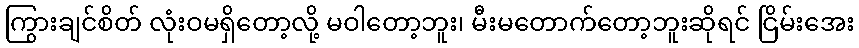
ကြွားချင်စိတ် လုံးဝမရှိတော့လို့ မဝါတော့ဘူး၊ မီးမတောက်တော့ဘူးဆိုရင် ငြိမ်းအေး